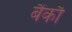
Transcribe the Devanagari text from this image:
बैंकौ